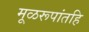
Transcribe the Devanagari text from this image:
मूळरूपांतहि